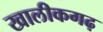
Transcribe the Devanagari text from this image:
खालीकगढ़